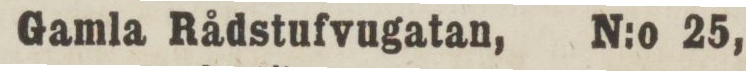
N:o 25, Gamla Rådstufvugatan, N:o 25,